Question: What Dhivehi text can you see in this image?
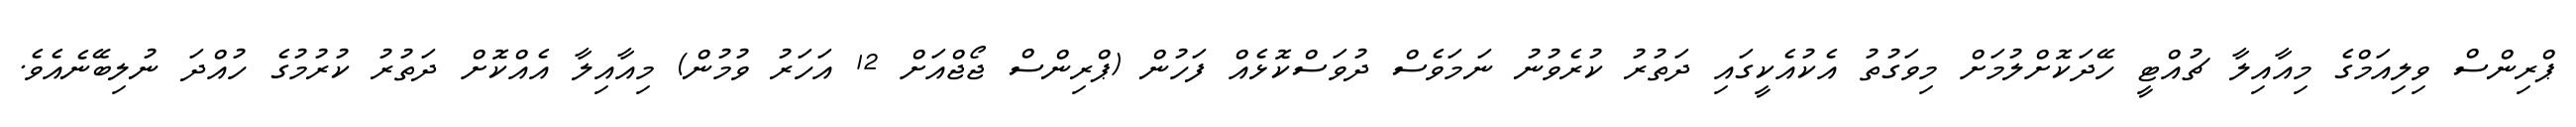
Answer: ޕްރިންސް ވިލިއަމްގެ މިއާއިލާ ޗުއްޓީ ހޭދަކޮށްލުމަށް މިވަގުތު އެކުއެކީގައި ދަތުރު ކުރެވުނު ނަމަވެސް ދުވަސްކޮޅެއް ފަހުން (ޕްރިންސް ޖޯޖްއަށް 12 އަހަރު ވުމުން) މިއާއިލާ އެއްކޮށް ދަތުރު ކުރުމުގެ ހުއްދަ ނުލިބޭނެއެވެ.